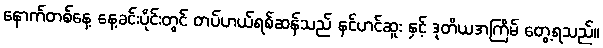
နောက်တစ်နေ့ နေ့ခင်းပိုင်းတွင် တပ်ဟယ်ရစ်ဆန်သည် နင်ဟင်ဆူး နှင့် ဒုတိယအကြိမ် တွေ့ရသည်။